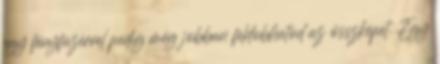
egy fényfüzérrel pedig még jobban feldobhatod az összképet. Egy